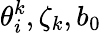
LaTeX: \theta_{i}^{k},\zeta_{k},b_{0}